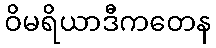
ဝိမရိယာဒီကတေန